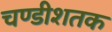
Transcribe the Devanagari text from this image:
चण्डीशतक